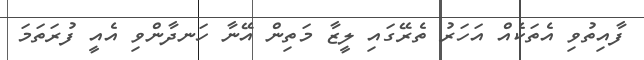
ފާއިތުވި އެތަކެއް އަހަރު ތެރޭގައި ލީޒާ މަތިން އޭނާ ހަނދާންވި އެއީ ފުރަތަމަ